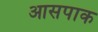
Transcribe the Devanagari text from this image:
आसपाक